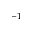
^ { - 1 }